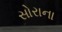
સોરાના